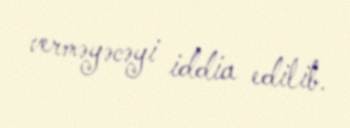
verməyəcəyi iddia edilib.